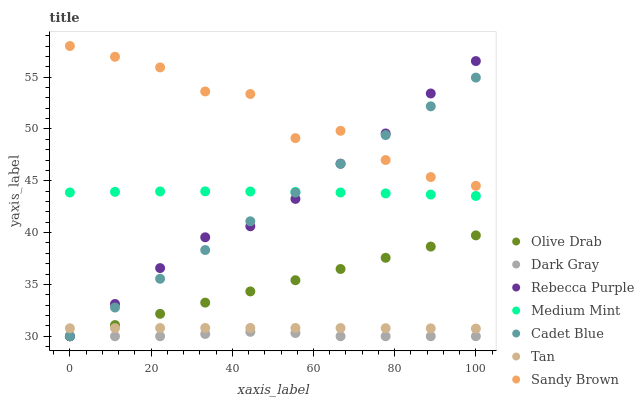
| xaxis_label | Olive Drab | Dark Gray | Rebecca Purple | Medium Mint | Cadet Blue | Tan | Sandy Brown |
 | --- | --- | --- | --- | --- | --- | --- | --- |
 | 0 | 30 | 30 | 30 | 43.9 | 30 | 30.8 | 58 |
 | 11.1 | 31.1 | 30 | 33.1 | 43.9 | 32.8 | 30.8 | 57 |
 | 22.2 | 32.2 | 30 | 36.6 | 44 | 35.5 | 30.8 | 55.9 |
 | 33.3 | 33.2 | 30.2 | 39.5 | 44 | 38.3 | 30.8 | 53.6 |
 | 44.4 | 34.3 | 30.4 | 40.6 | 44 | 41.1 | 30.8 | 53.4 |
 | 55.6 | 35.4 | 30.3 | 43.3 | 43.9 | 43.9 | 30.8 | 49.1 |
 | 66.7 | 36.5 | 30 | 46.6 | 43.9 | 46.6 | 30.8 | 49.8 |
 | 77.8 | 37.6 | 30 | 49.6 | 43.8 | 49.4 | 30.8 | 47 |
 | 88.9 | 38.7 | 30 | 53.4 | 43.7 | 52.2 | 30.8 | 45.4 |
 | 100 | 39.7 | 30 | 56.5 | 43.5 | 55 | 30.7 | 44.5 |